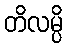
တိလမ္ပိ